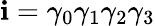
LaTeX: \mathbf{i}=\gamma_{0}\gamma_{1}\gamma_{2}\gamma_{3}